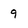
Character: 9